Insane asylums in Bengal annual reports 1867-1875 - 1867-1875
Year: 1867
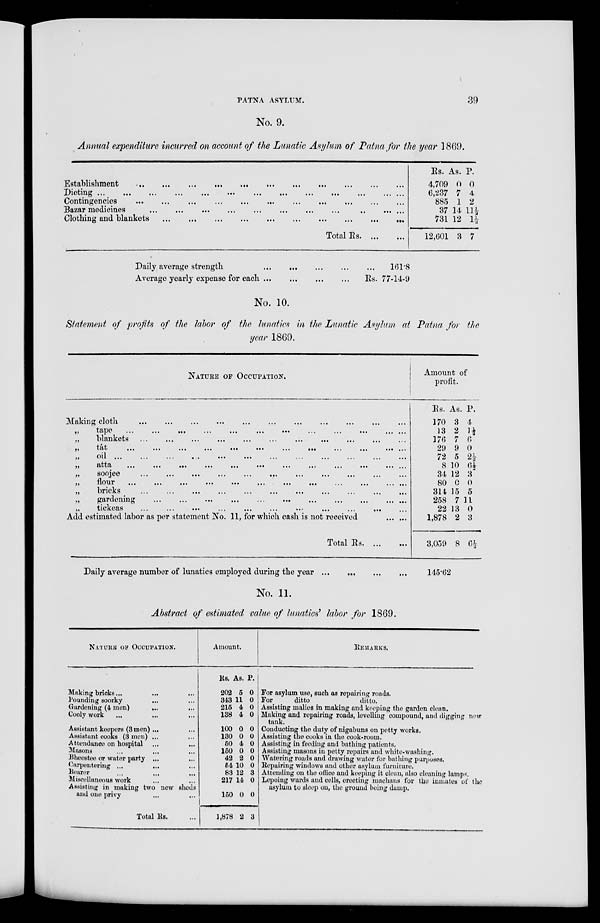
PATNA ASYLUM.
39
No. 9.
Annual expenditure incurred on account of the Lunatic Asylum of Patna for the year 1869.
Establishment
...
...
...
...
...
...
...
...
...
...
...
Dieting ...
...
...
...
...
...
...
...
...
...
... ... ...
Contingencies
...
...
...
...
...
...
...
...
...
...
...
Bazar medicines
...
...
...
...
...
...
...
...
... ... ...
Clothing and blankets
...
...
...
...
...
...
...
...
...
...
...
Total Rs. ... ...
Rs.
4,709
6,237
885
37
731
12,601
As.
0
7
1
14
12
3
P.
0
4
2
11½
1½
7
Daily average strength
...
...
...
...
...
Average yearly expense for each
...
...
...
...
161.8
Rs. 77-14-9
No. 10.
Statement of profits of the labor of the lunatics in the Lunatic Asylum at Patna for the
year 1869.
NATURE OF OCCUPATION.
Making cloth
...
...
...
...
...
...
...
...
...
...
...
„
tape
...
...
...
...
...
...
...
...
...
... ... ...
„
blankets
...
...
...
...
...
...
...
...
...
...
...
...
„
tât
...
...
...
...
...
...
...
...
...
...
...
...
„
oil
...
...
...
...
...
...
...
...
...
...
...
„
atta
...
...
...
...
...
...
...
...
...
...
... ...
„
soojee
...
...
...
...
...
... ... ... ... ... ...
„
flour
...
...
...
...
...
...
...
...
...
...
...
...
„
bricks
...
...
...
...
...
...
...
...
...
...
...
„
gardening
...
...
...
...
...
...
...
... ... ...
„
tickeas
...
...
...
...
...
...
...
...
...
...
Add estimated labor as per statement No. 11, for which cash is not received
...
...
Total Rs. ... ...
Amount of
profit.
Rs.
170
13
176
29
72
8
34
80
314
258
22
1,878
3,059
As.
3
2
7
9
5
10
12
0
15
7
13
2
8
P.
4
1½
6
0
2½
6½
3
0
5
11
0
3
6½
Daily average number of lunatics employed during the year ...
... ...
...
145.62
No. 11.
Abstract of estimated value of lunatics' labor for 1869.
NATURE OF OCCUPATION.
Making bricks ... ... ...
Pounding soorky ... ...
Gardening (4 men) ... ...
Cooly work ... ... ...
Assistant keepers (3 men) ... ...
Assistant cooks (3 men) ... ...
Attendance on hospital ... ...
Masons ... ... ...
Bheestee or water party ... ...
Carpentering ...
...
...
Bearer ... ... ...
Miscellaneous work ... ...
Assisting in making two new sheds
and one privy ... ...
Total Rs. ...
Amount.
Rs.
202
343
215
138
100
130
50
150
42
54
83
217
150
1,878
As.
5
11
4
4
0
0
4
0
2
10
12
14
0
2
P.
0
0
0
0
0
0
0
0
0
0
3
0
0
3
REMARKS.
For asylum use, such as repairing roads.
For
ditto
ditto.
Assisting malies in making and keeping the garden clean.
Making and repairing roads, levelling compound, and digging new
tank.
Conducting the duty of nigabuns on petty works.
Assisting the cooks in the cook-room.
Assisting in feeding and bathing patients.
Assisting masons in petty repairs and white-washing.
Watering roads and drawing water for bathing purposes.
Repairing windows and other asylum furniture.
Attending on the office and keeping it clean, also cleaning lamps.
Lepoing wards and cells, erecting machans for the inmates of the
asylum to sleep on, the ground being damp.